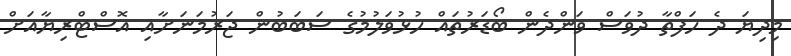
މިދިޔަ ދެ ހަފްތާ ދުވަސް ވަންދެން ބޯޑަރުތައް ހުޅުވަލުމުގެ ސަބަބުން ޖަރުމަނަށާއި އޮސްޓްރިޔާއަށް